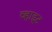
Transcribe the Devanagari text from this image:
व्हाइ़ट